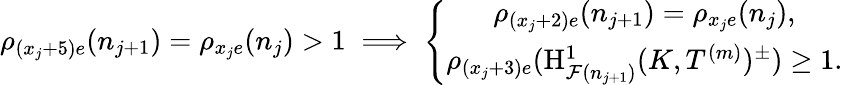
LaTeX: \rho_{(x_{j}+5)e}(n_{j+1})=\rho_{x_{j}e}(n_{j})>1\implies\left\{ \begin{array}{c}{\rho_{(x_{j}+2)e}(n_{j+1})=\rho_{x_{j}e}(n_{j}),}\\ {\rho_{(x_{j}+3)e}(\mathrm{H}_{\mathcal{F}(n_{j+1})}^{1}(K,T^{(m)})^{\pm})\geq 1.}\end{array}\right.